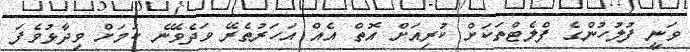
ވަނީ ފުލުހުންގެ ފްލެޓްތަކަށް ކުރިއަށް އޮތް އެއް އަހަރުތެރޭ ވަދެވޭނެ ކަމަށް ވިދާޅުވެފަ